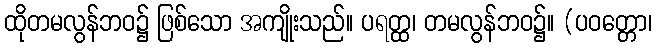
ထိုတမလွန်ဘဝ၌ ဖြစ်သော အကျိုးသည်။ ပရတ္ထ၊ တမလွန်ဘဝ၌။ (ပဝတ္တော၊